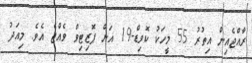
ރާއްޖެއިން އިތުރު 55 މީހަކު ކޮވިޑް-19 އަށް ޕޮޒިޓިވް ވެއްޖެ އެވެ. މިއަދު